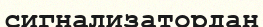
сигнализатордан